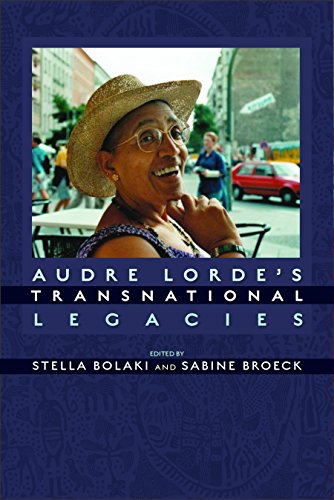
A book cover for Audre Lorde's Transnational Legacies; Gay & Lesbian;